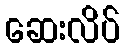
ဆေးလိပ်